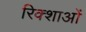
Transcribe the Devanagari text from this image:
रिक्शाओं